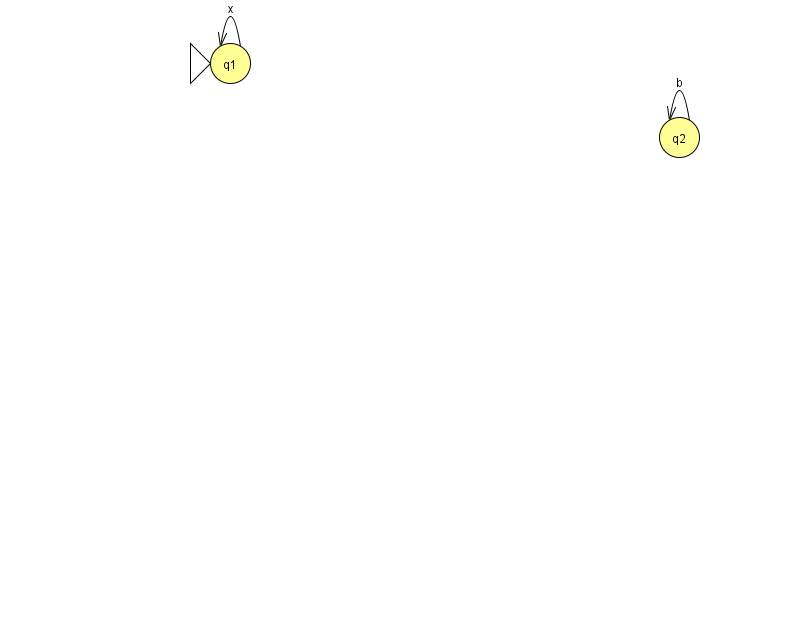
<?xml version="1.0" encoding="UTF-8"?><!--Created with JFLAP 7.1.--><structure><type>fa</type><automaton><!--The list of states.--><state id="1" name="q1"><x>230.0</x><y>50.0</y><initial/></state><state id="2" name="q2"><x>679.0</x><y>124.0</y></state><!--The list of transitions.--><transition><from>2</from><to>2</to><read>b</read></transition><transition><from>1</from><to>1</to><read>x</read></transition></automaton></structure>